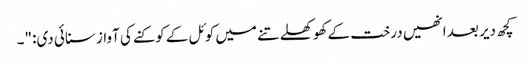
کچھ دیر بعد انھیں درخت کے کھوکھلے تنے میں کوئل کے کوکنے کی آواز سنائی دی: "۔